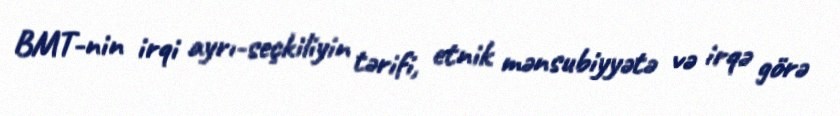
BMT-nin irqi ayrı-seçkiliyin tərifi, etnik mənsubiyyətə və irqə görə